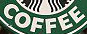
COFFEE